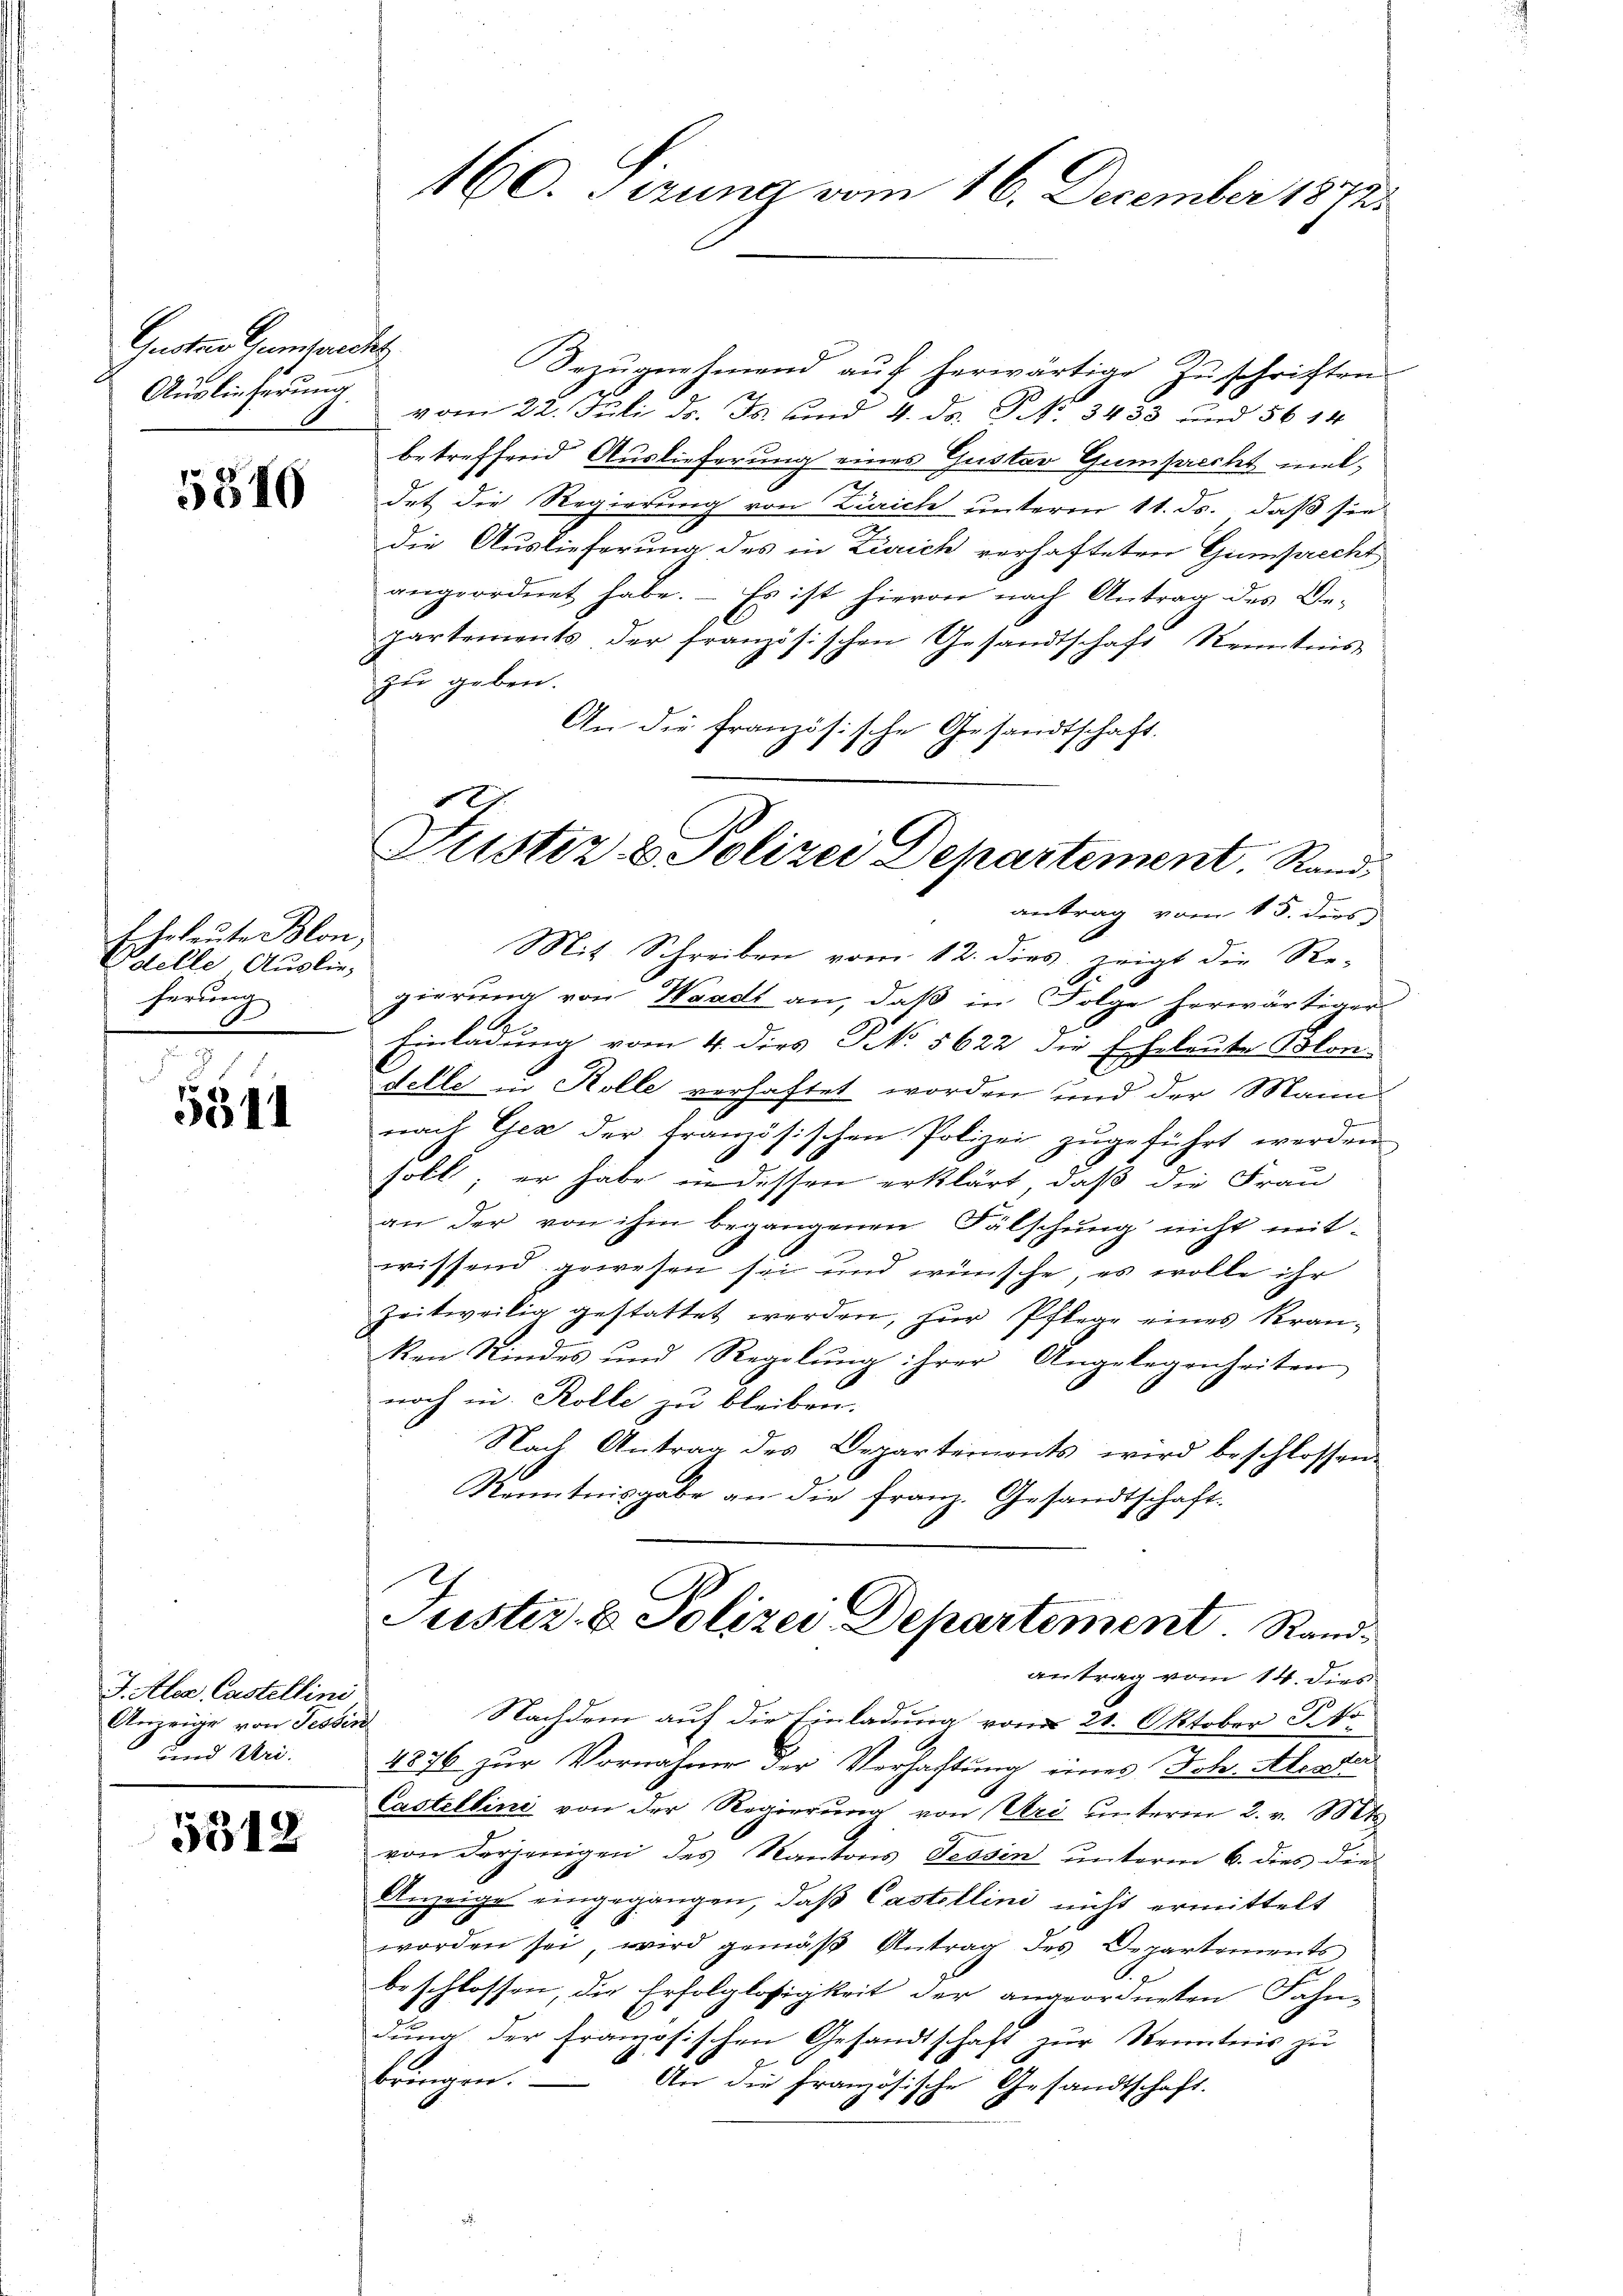
Quatuol, umgartet
Auslieferung

5810

Eheleute Blon,
Edelle Auslieherung
d

5341

J. Aller Castellini
Anzeige von Tessin
wird Uri.

5312

460. Sezung vom 16. December 1872.

Justiz & Polizei Departement. Stand,
antrag vom 15. ders

Bezŭgnehmend aŭf herwärtige Zŭschriften.
vom 22. Juli d. Js. und 4. ds. S. 3433 und 5614
betreffend Auslieferung eines Gustav Gumsrecht mit,
det die Regierung von Zürich unterm 11. ds., daß sie
die Auslieferung des in Zürich verhafteten Gumprecht
angeordnet habe. Es ist hievon nach Antrag des Be-
partements der französischen Gesandtschaft Kenntnis
zu geben.
An die französische Gesandtschaft.
Mit Schreiben vom 12. dies zeigt die Re-
gierung von Waadt an, daß in Folge herwärtiger
Einladung vom 4. dies No. 5622 die Eheleute Mon-
delle in Kolle verhaftet worden und der Mann
nach Gez der französischen Polizei zugeführt werden.
soll; er habe in dessen erklärt, daß die Frau
an der von ihm begangenen Fälschung nicht mitwissend gewesen sei und wünsche, es wolle ihr
zeitweilig gestattet werden, zur Pflege eines Kranken Rindes und Regelŭng ihrer Angelegenheiten
noch in Kolle zu bleiben.
Nach Antrag des Departements wird beschlossen
Kenntnisgabe an die Franz. Gesandtschaft
Justiz- & Polizei Departement. Randantrag vom 14. dies
Nachdem auf die Einladung vom 21. Oktober S. 40
4876 zur Vornahme der Verhaltung eines Joh. Aberster
Castellini von der Regierŭng von Uri unterm 2. v. Mts
von derjenigen des Kantons Tessin unterm 6. dies die
Anzeige eingegangen, daß Castellini nicht ermittelt
worden sei, wird gemäß Antrag des Departements
beschlossen, die Erfolglosigkeit der angeordneten Fahn-
duna der französischen Gesandtschaft zur Kenntnis zu
bringen.
An die französische Gesandtschaft.